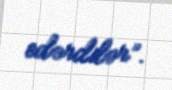
edərdilər”.